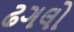
ઢગલો